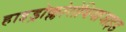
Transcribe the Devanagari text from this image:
हाइड्रोक्लोरोथियाजाइड